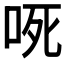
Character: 𭇟